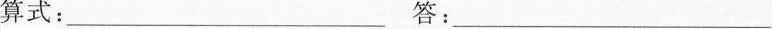
算式：___答：___